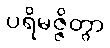
ပရိမဇ္ဇိတွာ